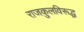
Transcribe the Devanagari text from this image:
राजकुलविरूद्ध